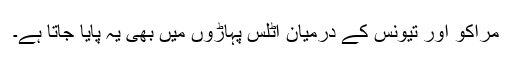
مراکو اور تیونس کے درمیان اٹلس پہاڑوں میں بھی یہ پایا جاتا ہے۔